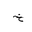
Letter: _kha